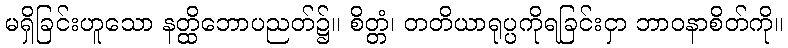
မရှိခြင်းဟူသော နတ္ထိဘောပညတ်၌။ စိတ္တံ၊ တတိယာရုပ္ပကိုရခြင်းငှာ ဘာဝနာစိတ်ကို။